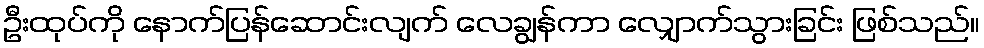
ဦးထုပ်ကို နောက်ပြန်ဆောင်းလျက် လေချွန်ကာ လျှောက်သွားခြင်း ဖြစ်သည်။